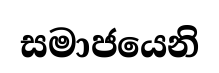
සමාජයෙනි